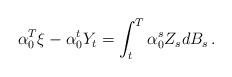
LaTeX: \begin{align*}\alpha_0^T \xi -\alpha_0^t Y_t & = \int_t^T \alpha_0^{s} Z_s dB_s \,.\end{align*}